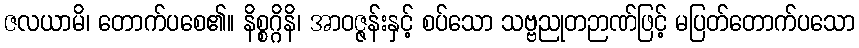
ဇလယာမိ၊ တောက်ပစေ၏။ နိစ္စဂ္ဂိနိ၊ အာဝဇ္ဇန်းနှင့် စပ်သော သဗ္ဗညုတဉာဏ်ဖြင့် မပြတ်တောက်ပသော